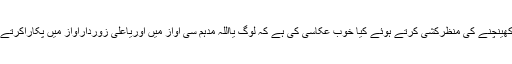
کڑی کھینچنے کی منظرکشی کرتے ہوئے کیا خوب عکاسی کی ہے کہ لوگ یااللہ مدہم سی آواز میں اوریاعلی زوردارآواز میں پکاراکرتے تھے۔